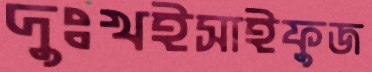
দুঃখইসাইফুজ